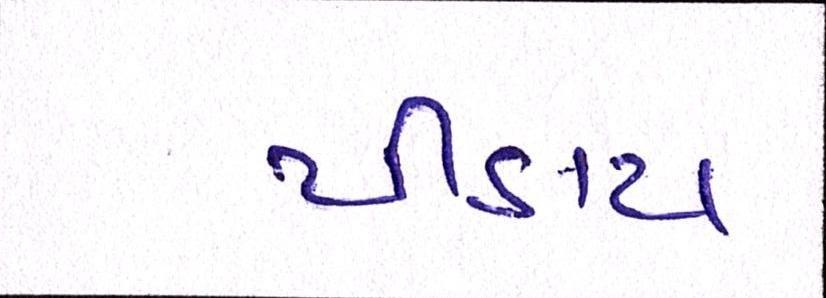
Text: પીડાય